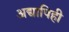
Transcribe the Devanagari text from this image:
अद्यापिही